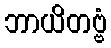
ဘာယိတဗ္ဗံ